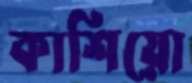
কাশিয়ো